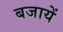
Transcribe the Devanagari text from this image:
बजायें